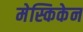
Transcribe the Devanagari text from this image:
मेस्किकेन